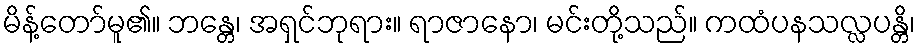
မိန့်တော်မူ၏။ ဘန္တေ၊ အရှင်ဘုရား။ ရာဇာနော၊ မင်းတို့သည်။ ကထံပနသလ္လပန္တိ၊